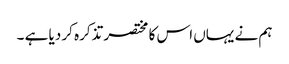
ہم نے یہاں اس کا مختصر تذکرہ کر دیا ہے ۔